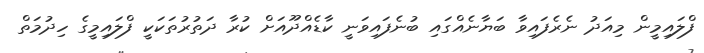
ފްލައިމީން މިއަދު ނެރެފައިވާ ބަޔާނެއްގައި ބުނެފައިވަނީ ކާޑެއްދޫއަށް ކުރާ ދަތުރުތަކަކީ ފްލައިމީގެ ހިދުމަތް